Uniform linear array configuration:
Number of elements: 16
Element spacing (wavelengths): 0.25
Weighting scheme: blackman
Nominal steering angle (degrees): -30
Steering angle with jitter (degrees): -30.848
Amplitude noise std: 0.05
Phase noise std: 0.05

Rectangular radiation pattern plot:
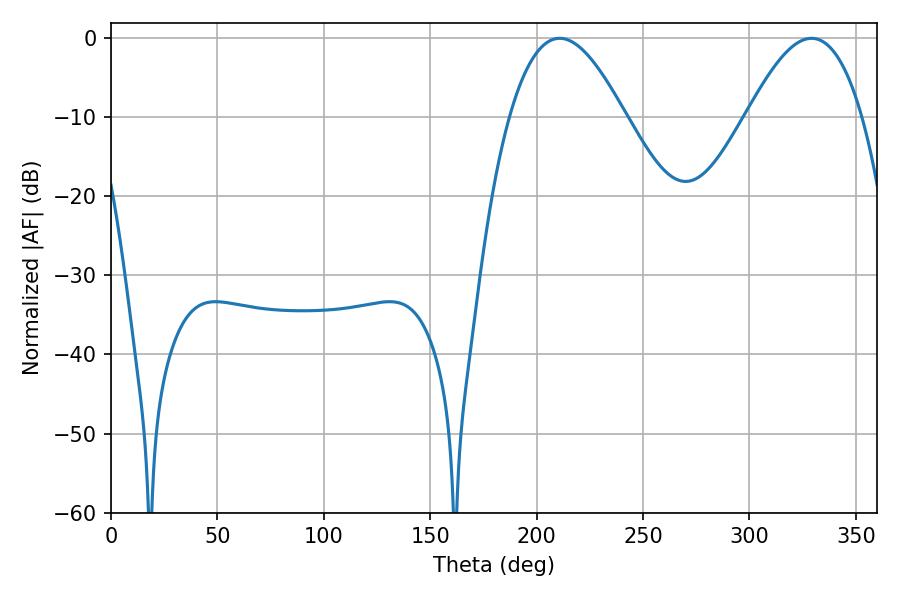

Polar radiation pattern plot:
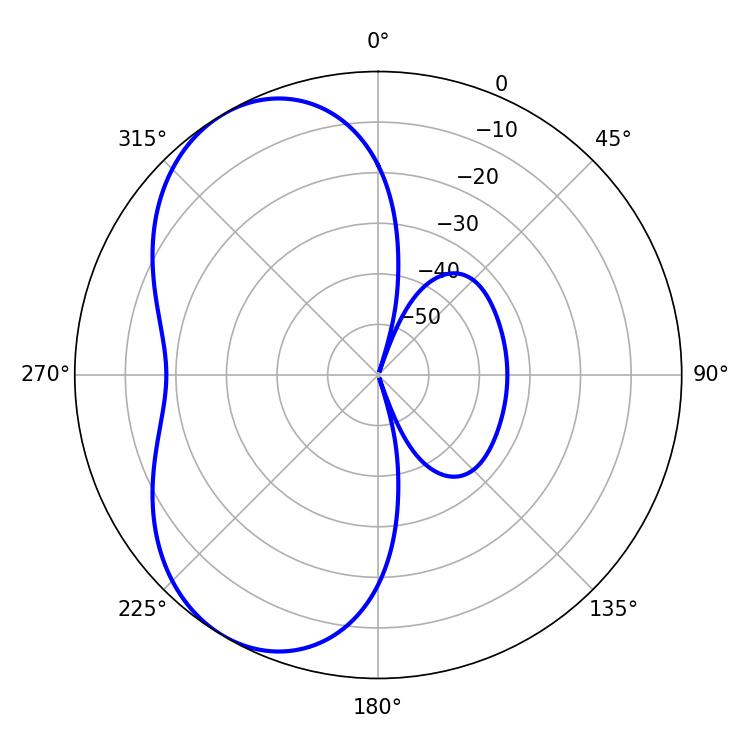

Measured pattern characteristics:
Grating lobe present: FALSE
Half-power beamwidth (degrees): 29.34
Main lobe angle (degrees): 210.78